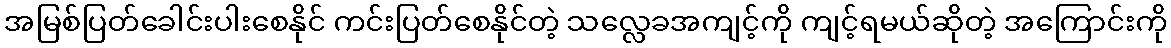
အမြစ်ပြတ်ခေါင်းပါးစေနိုင် ကင်းပြတ်စေနိုင်တဲ့ သလ္လေခအကျင့်ကို ကျင့်ရမယ်ဆိုတဲ့ အကြောင်းကို